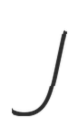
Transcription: J